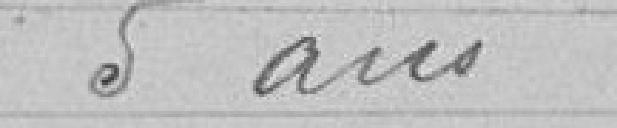
5 ans